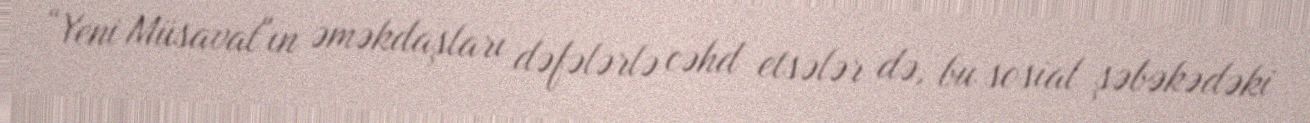
“Yeni Müsavat"ın əməkdaşları dəfələrlə cəhd etsələr də, bu sosial şəbəkədəki